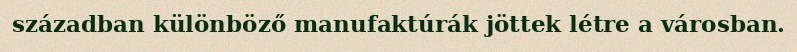
században különböző manufaktúrák jöttek létre a városban.